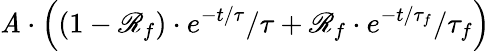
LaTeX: \mathit{A}\cdot\left((1-\mathscr{R}_{f})\cdot{e^{{-t}/{\tau}}}/{\tau}+\mathscr{R}_{f}\cdot{e^{{-t}/{\tau_{f}}}/}{\tau_{f}}\right)